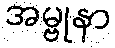
အမ္ဗုနာ